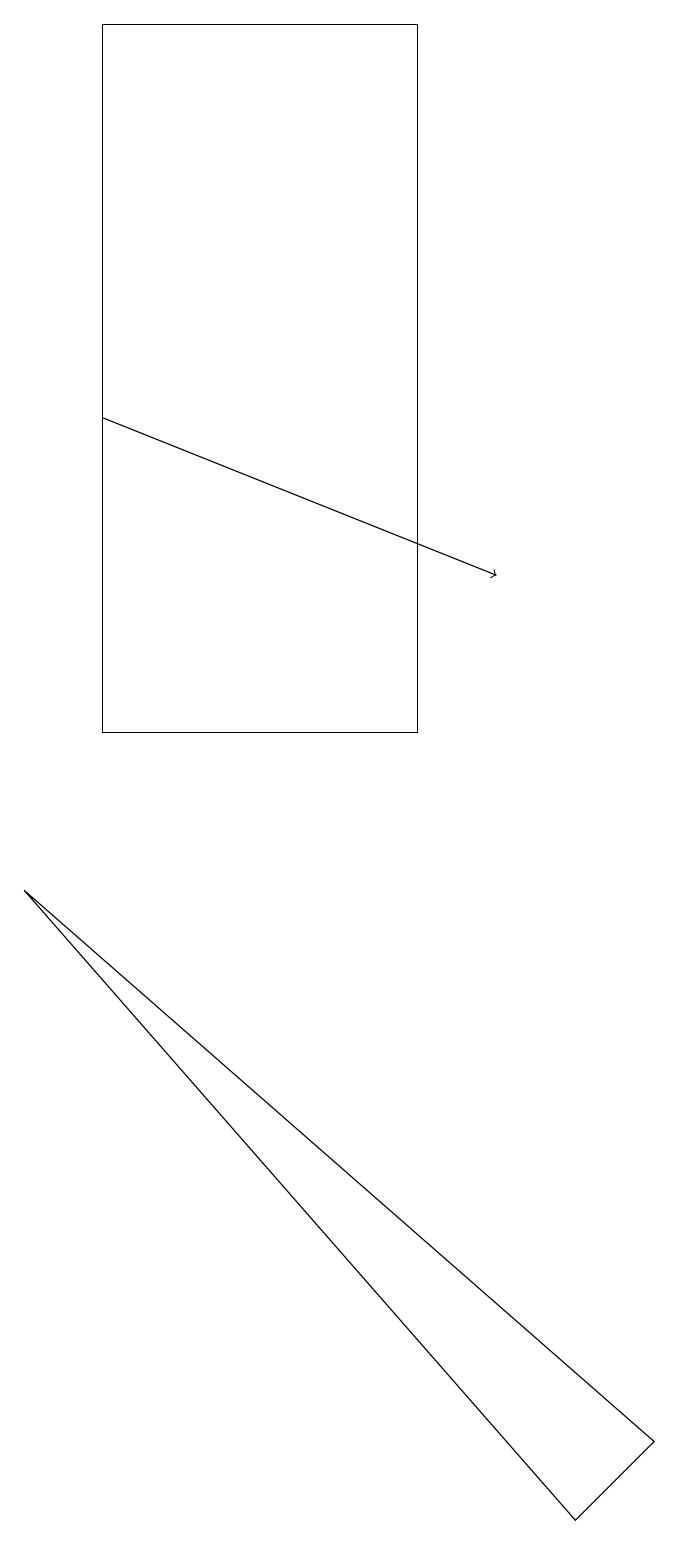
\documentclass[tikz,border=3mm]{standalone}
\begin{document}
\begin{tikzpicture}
\draw[->] (2,14) -- (7,12);
\draw (2,19) rectangle (6,10);
\draw (8,0) -- (9,1) -- (1,8) -- cycle;
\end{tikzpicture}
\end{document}